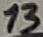
Text: 13